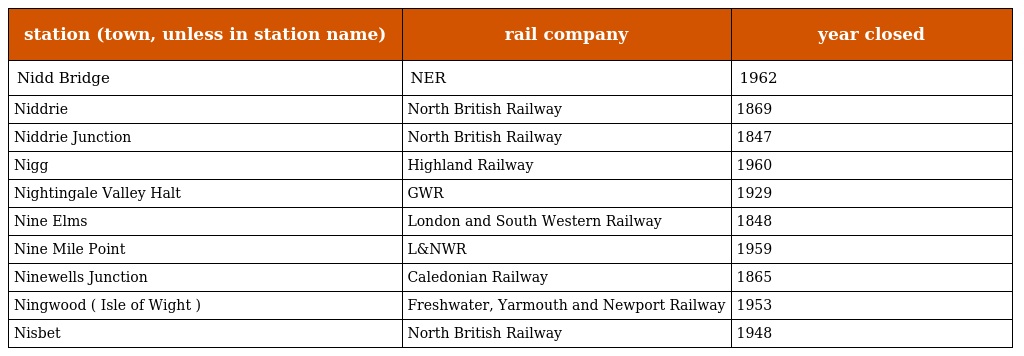
| station (town, unless in station name) | rail company | year closed |
 | --- | --- | --- |
 | Nidd Bridge | NER | 1962 |
 | Niddrie | North British Railway | 1869 |
 | Niddrie Junction | North British Railway | 1847 |
 | Nigg | Highland Railway | 1960 |
 | Nightingale Valley Halt | GWR | 1929 |
 | Nine Elms | London and South Western Railway | 1848 |
 | Nine Mile Point | L&NWR | 1959 |
 | Ninewells Junction | Caledonian Railway | 1865 |
 | Ningwood ( Isle of Wight ) | Freshwater, Yarmouth and Newport Railway | 1953 |
 | Nisbet | North British Railway | 1948 |